Civil Veterinary Dept. North-West Frontier Province 1923-32 - 1923-1932
Year: 1923
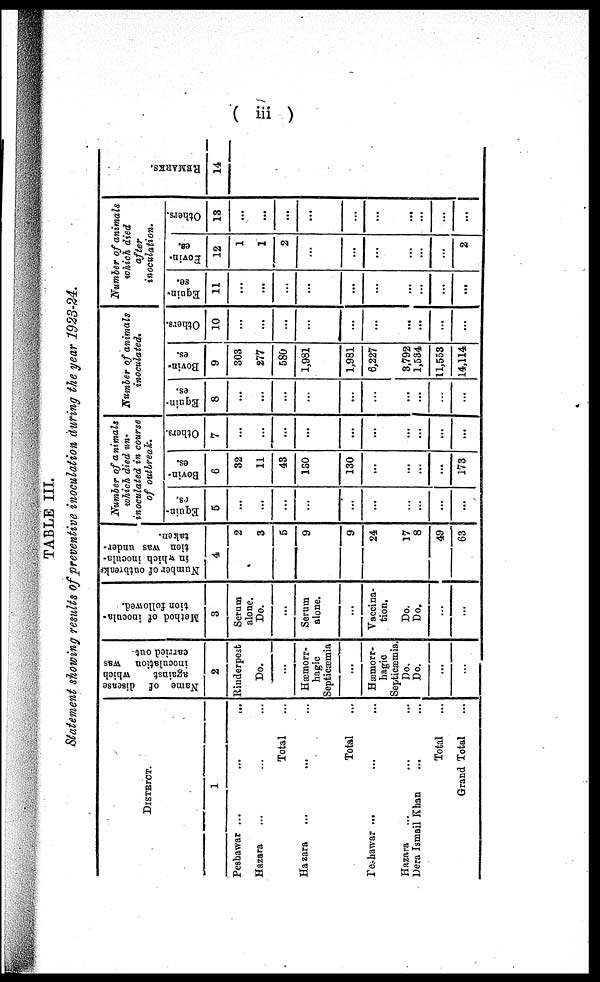
( iii )
TABLE III.
Statement showing results of preventive inoculation during the year 1923-24.
DISTRICT.
1
Peshawar ...
...
...
Hazara … … …
Total …
Hazara … … …
Total …
Peshwar ... … …
Hazara … … …
Dera Ismail Khan … …
Total ...
Grand Total …
Name of disease
against
which
inoculation was
carried out
2
Rinderpest
Do.
...
Hæmorr-
hagic
Septicæmia
...
Hæmorr-
hagic
Septicæmia.
Do.
Do.
...
...
Method of inocula-
tion followed.
3
Serum
alone.
Do.
...
Serum
alone.
...
Vaccina-
tion.
Do.
Do.
...
...
Number of outbreaks
in which inocula-
tion was under-
taken.
4
2
3
5
9
9
24
17
8
49
63
Number of animals
which died un-
inoculated in course
of outbreak.
Equin-
es.
5
...
...
...
...
...
...
...
...
...
...
Bovin-
es.
6
32
11
43
180
130
...
...
...
...
173
Others.
7
...
...
...
...
...
...
...
...
...
...
Number of animals
inoculated.
Equin-
es.
8
...
...
...
...
...
...
...
...
...
...
Bovin-
es.
9
303
277
580
1,981
1,981
6,227
3,792
1,534
11,553
14,114
Others.
10
...
...
...
...
...
...
...
...
...
...
Number of animals
which died
after
inoculation.
Equin-
es.
11
...
...
...
...
...
...
...
...
...
...
Bovin-
es.
12
1
1
2
...
...
...
...
...
...
2
Others.
13
...
...
...
...
...
...
...
...
...
...
REMARKS.
14